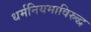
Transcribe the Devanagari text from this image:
धर्मनियमाविरुद्ध